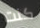
كنت